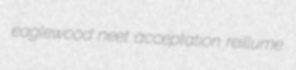
eaglewood neet acceptation reillume